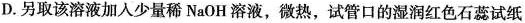
D.另取该溶液加入少量稀NaOH溶液，微热，试管口的湿润红色石蕊试纸